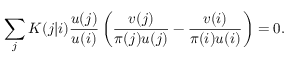
\sum _ { j } K ( j | i ) \frac { u ( j ) } { u ( i ) } \left( \frac { v ( j ) } { \pi ( j ) u ( j ) } - \frac { v ( i ) } { \pi ( i ) u ( i ) } \right) = 0 .